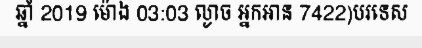
ឆ្នាំ 2019 ម៉ោង 03:03 ល្ងាច អ្នកអាន 7422)បរទេស